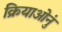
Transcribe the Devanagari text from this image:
क्रियाओनुं